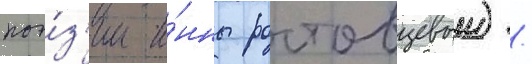
поэ́з'ии и́нны ростовцевои) /